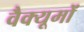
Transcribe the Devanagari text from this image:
वैक्यूमों